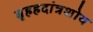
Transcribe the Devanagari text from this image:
बृहहदांत्रशोथ